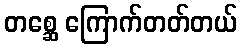
တစ္ဆေ ကြောက်တတ်တယ်